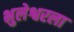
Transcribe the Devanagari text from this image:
भुलेश्वरला